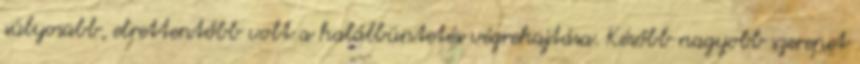
súlyosabb, elrettentőbb volt a halálbüntetés végrehajtása. Később nagyobb szerepet